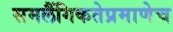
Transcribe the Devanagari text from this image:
समलैंगिकतेप्रमाणेच